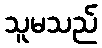
သူမသည်